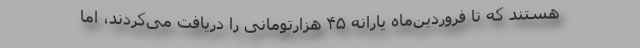
هستند که تا فروردین‌ماه یارانه ۴۵ هزارتومانی را دریافت می‌کردند، اما